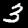
Digit: 3